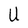
Character: U